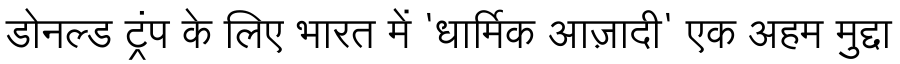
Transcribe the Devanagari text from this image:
डोनल्ड ट्रंप के लिए भारत में 'धार्मिक आज़ादी' एक अहम मुद्दा